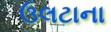
ઉલટાના